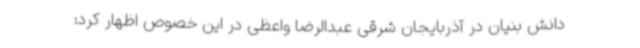
دانش بنیان در آذربایجان شرقی عبدالرضا واعظی در این خصوص اظهار کرد: